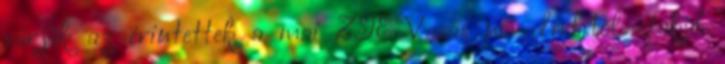
várják az érintettek a mai ZTE-Vasas női derbitől Jakab